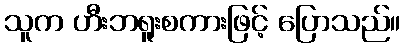
သူက ဟီးဘရူးစကားဖြင့် ပြောသည်။